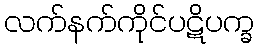
လက်နက်ကိုင်ပဋိပက္ခ